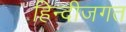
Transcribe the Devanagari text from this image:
हिन्दीजगत